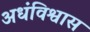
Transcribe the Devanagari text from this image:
अधंविश्वास